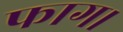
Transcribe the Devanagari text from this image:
फाग।